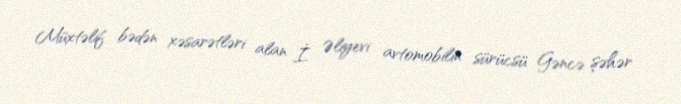
Müxtəlif bədən xəsarətləri alan İ. Əliyevi avtomobilin sürücsü Gəncə şəhər